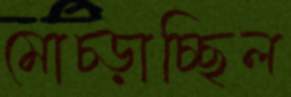
মোচ্‌ড়াচ্ছিল